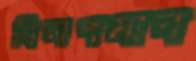
বিলপমান